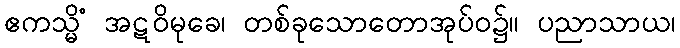
ဧကသ္မိံ အဋဝိမုခေ၊ တစ်ခုသောတောအုပ်ဝ၌။ ပညာသာယ၊